Annual report on the working of the lock hospitals in the Central Provinces
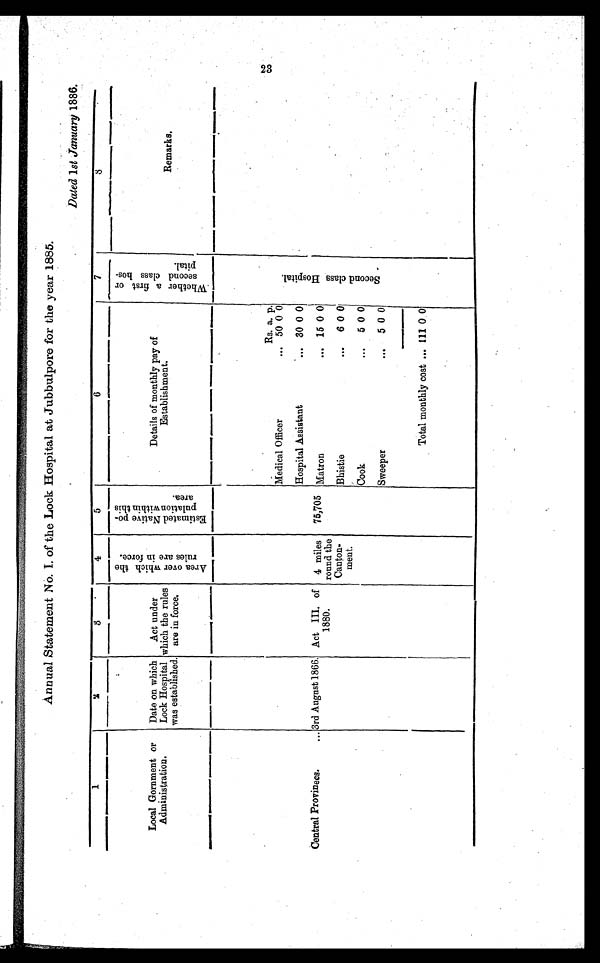
Annual Statement No. I. of the Lock Hospital at Jubbulpore for the year 1885.
Dated 1st January 1886.
1
2
3
4 5
6
7
8
Local Gornment or
Administration.
Date on which
Lock Hospital
was established.
Act unde
r wh i c h t h e r u l e s
are in force.
A r e a o v e r w h i c h t h e r u l e s a r e i n f o r c e.
E s t i m a t e d N a t i v e p o - p u l a t i o n w i t h i n t h i s a r e a .
Details of monthly pay of
E s t a b l i s h m e n t .
w h e t h e r a f i r s t o r s e c o n d c l a s s h o s p i t a l .
Remarks.
Rs. a. p.
S e c o n d c l a s s h o s p i t a l .
Medical Officer
... 50 0 0
Hospital Assistant
... 30 0 0
Central Provinces
... 3rd August 1866. Act III. of
1880.
4 miles
round the
Canton-
ment.
75,705 Matron
... 15 0 0
Bhistie
... 6 0 0
Cook
... 5 0 0
Sweeper
... 5 0 0
Total monthly cost
... 111 0 0